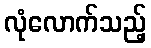
လုံလောက်သည့်